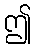
ဤ